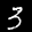
Label: 3